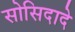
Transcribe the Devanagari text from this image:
सोसिदादे